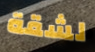
لشقة